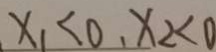
x _ { 1 } < 0 , x _ { 2 } < 0